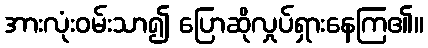
အားလုံးဝမ်းသာ၍ ပြောဆိုလှုပ်ရှားနေကြ၏။